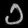
Digit: ၁